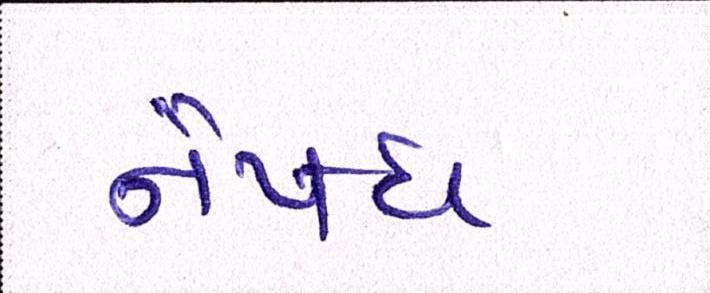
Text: નૈષધ